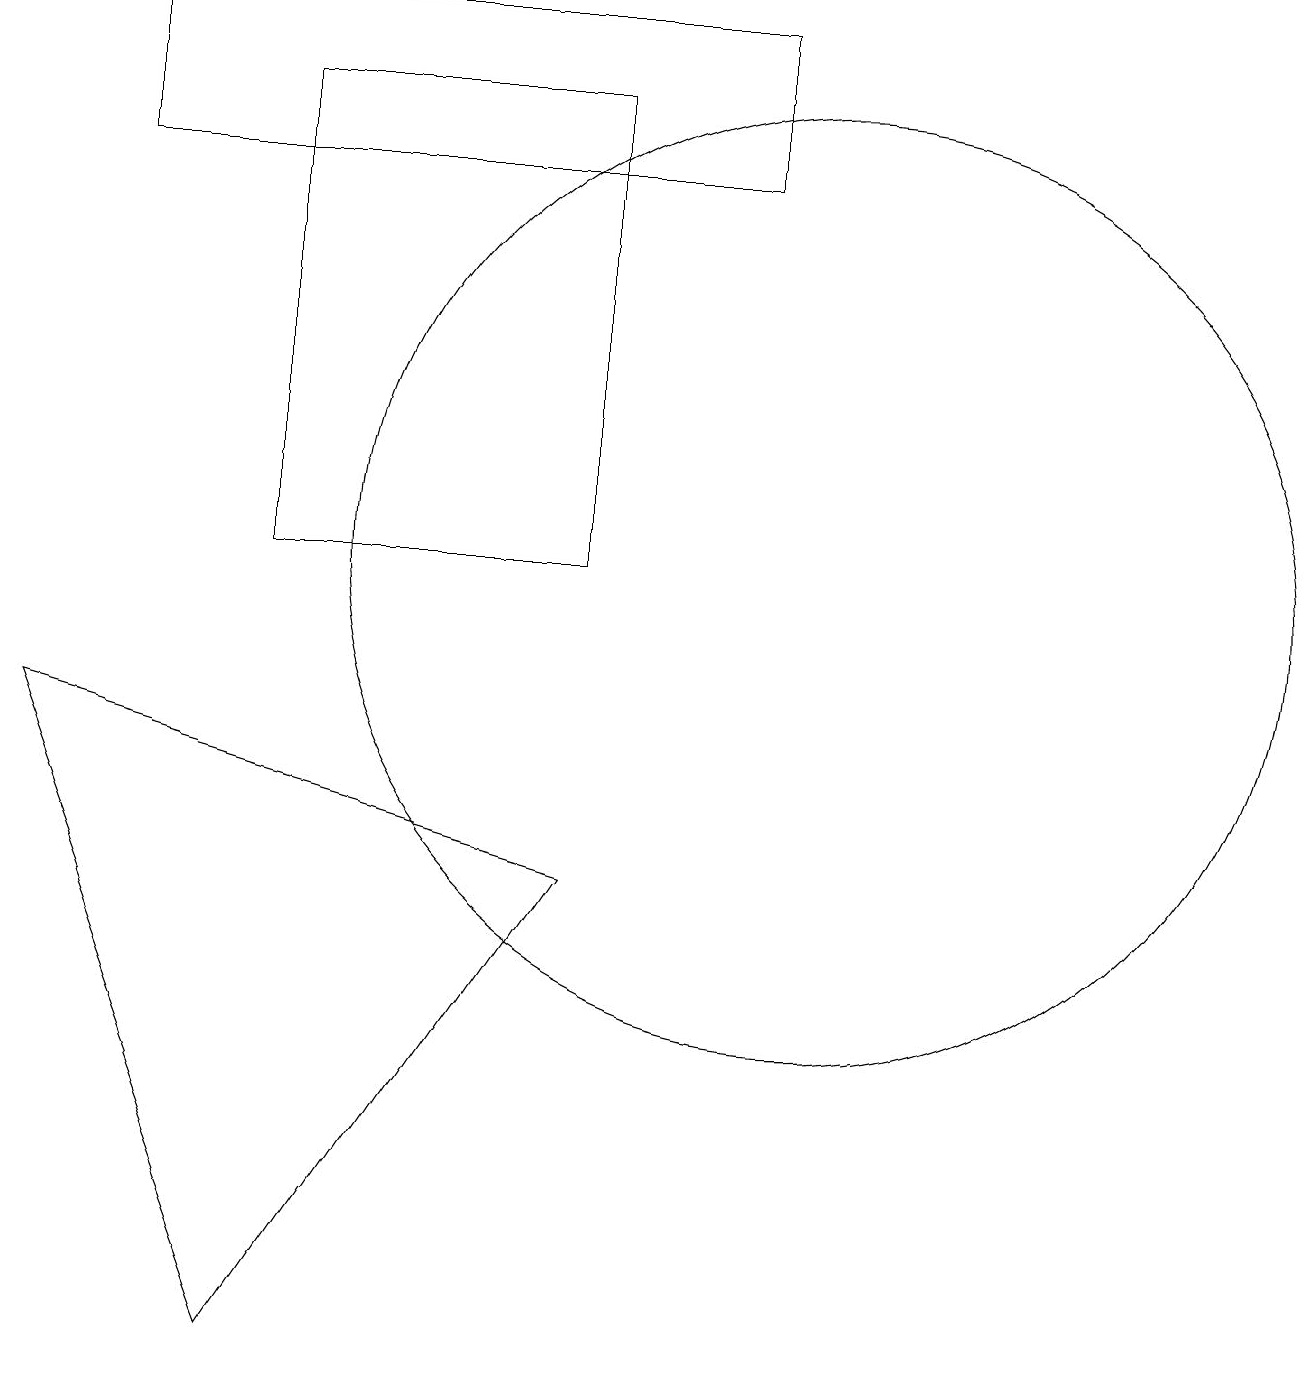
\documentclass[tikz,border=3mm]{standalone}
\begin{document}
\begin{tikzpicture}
\draw (3,11) rectangle (7,17);
\draw (9,18) rectangle (1,16);
\draw (10,11) circle (6);
\draw (3,1) -- (7,7) -- (0,9) -- cycle;
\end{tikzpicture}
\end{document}